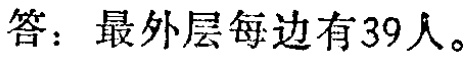
答：最外层每边有39人。